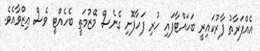
އެއްފަރާތު ފާރުކައިރީ ބަހައްޓާފައި ހުރި ފަހާފޮށި ގެނެސް މޭޒުމަތީ ބެހެއްޓީ ވެސް ޢިޒްވާއެވެ.